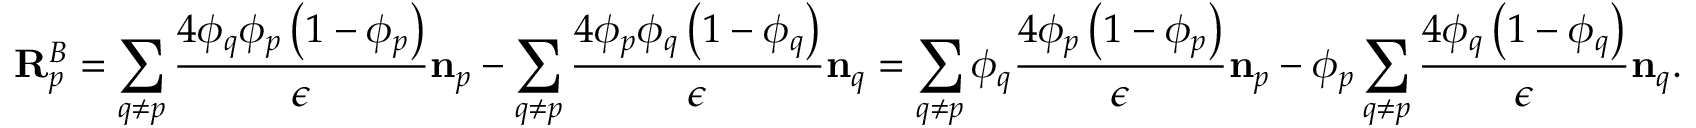
\mathbf { R } _ { p } ^ { B } = \sum _ { q \neq p } \frac { 4 \phi _ { q } \phi _ { p } \left( 1 - \phi _ { p } \right) } { \epsilon } \mathbf { n } _ { p } - \sum _ { q \neq p } \frac { 4 \phi _ { p } \phi _ { q } \left( 1 - \phi _ { q } \right) } { \epsilon } \mathbf { n } _ { q } = \sum _ { q \neq p } \phi _ { q } \frac { 4 \phi _ { p } \left( 1 - \phi _ { p } \right) } { \epsilon } \mathbf { n } _ { p } - \phi _ { p } \sum _ { q \neq p } \frac { 4 \phi _ { q } \left( 1 - \phi _ { q } \right) } { \epsilon } \mathbf { n } _ { q } .